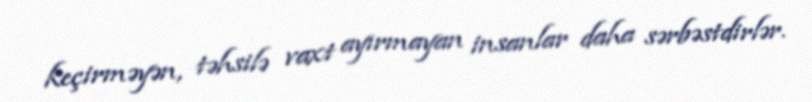
keçirməyən, təhsilə vaxt ayırmayan insanlar daha sərbəstdirlər.